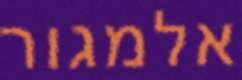
אלמגור